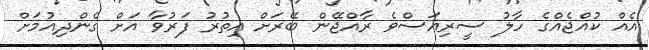
އެއް ކުއްޖެއްގެ ހާލު ސީރިއަސްވެ ރާއްޖޭން ބޭރަށް އިތުރު ފަރުވާ އަށް ގެންދިއުމަށް